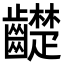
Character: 齼